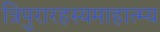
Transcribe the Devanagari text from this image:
त्रिपुरारहस्यमाहात्म्य